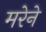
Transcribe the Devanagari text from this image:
मरेने